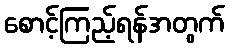
စောင့်ကြည့်ရန်အတွက်